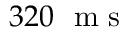
3 2 0 ~ \mathrm { ~ m ~ s ~ }